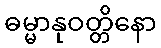
ဓမ္မာနုဝတ္တိနော